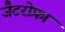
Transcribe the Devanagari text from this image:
जैटरोफ़ा